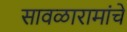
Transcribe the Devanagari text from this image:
सावळारामांचे